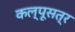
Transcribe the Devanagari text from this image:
कल्पूसत्र